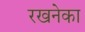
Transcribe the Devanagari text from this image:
रखनेका